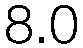
8.0